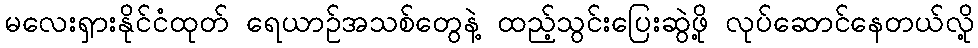
မလေးရှားနိုင်ငံထုတ် ရေယာဉ်အသစ်တွေနဲ့ ထည့်သွင်းပြေးဆွဲဖို့ လုပ်ဆောင်နေတယ်လို့